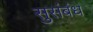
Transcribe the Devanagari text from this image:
सुसंबंध